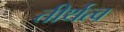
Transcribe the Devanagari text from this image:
तीर्थत्व